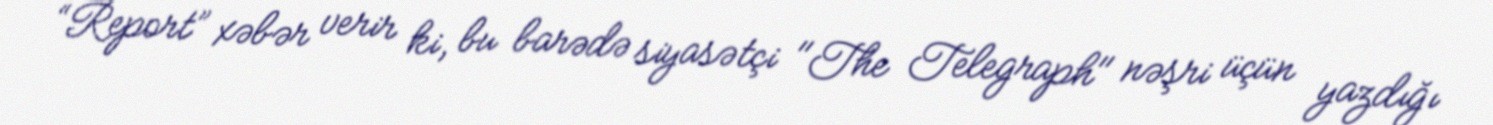
“Report” xəbər verir ki, bu barədə siyasətçi "The Telegraph" nəşri üçün yazdığı